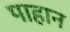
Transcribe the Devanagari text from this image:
पाहान